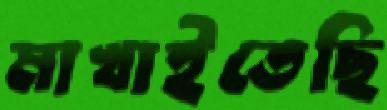
মাখাইতেছি